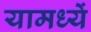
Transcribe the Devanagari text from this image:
यामध्यें